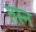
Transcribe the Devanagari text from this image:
तस्न